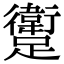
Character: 躗